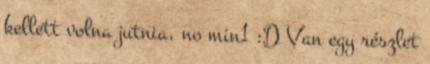
kellett volna jutnia, no min1 :D Van egy részlet